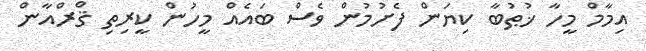
އިމާމް މީހާ ޚުޠުބާ ކިޔަން ފެށުމުން ވެސް ބައެއް މީހުން ކީރިތި ޤްރްއާން